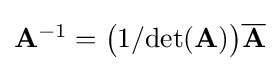
\textstyle \mathbf {A} ^{-1}={\bigl (}1/\mathrm {det} (\mathbf {A} ){\bigr )}{\overline {\mathbf {A} }}